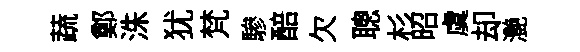
蔬鄭洙犹梵驂醅欠聰杉昭虞却灔